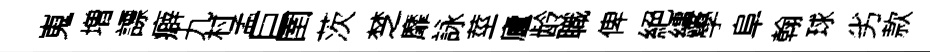
嵬増謤癖九村孟巨圉茨椘靡詠莖廬龄職俾絕縷學阜翰球劣款